Note on the mental hospitals in Burma - 1925-1940
Year: 1925
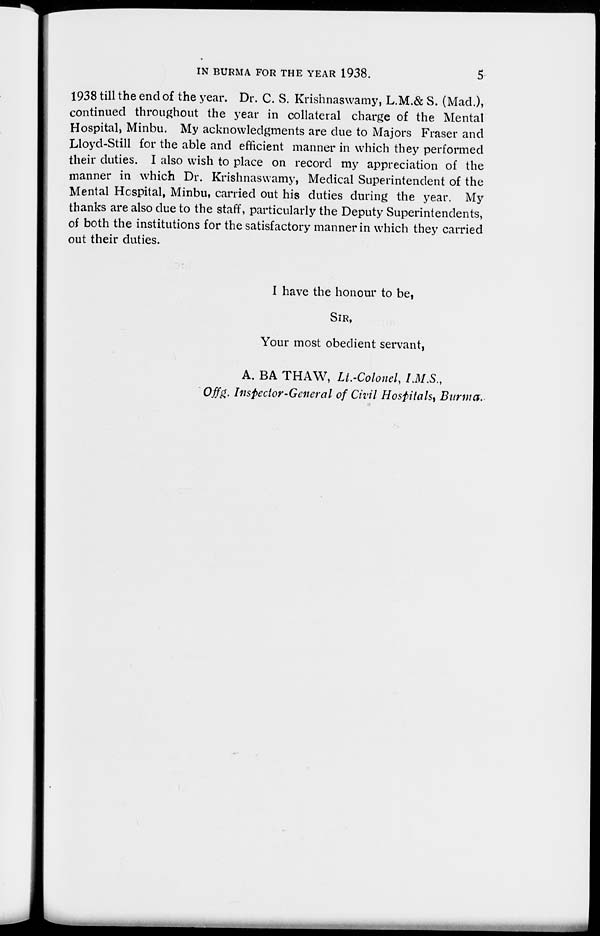
IN BURMA FOR THE YEAR 1938.
5
1938 till the end of the year. Dr. C. S. Krishnaswamy, L.M.& S. (Mad.),
continued throughout the year in collateral charge of the Mental
Hospital, Minbu. My acknowledgments are due to Majors Fraser and
Lloyd-Still for the able and efficient manner in which they performed
their duties. I also wish to place on record my appreciation of the
manner in which Dr. Krishnaswamy, Medical Superintendent of the
Mental Hospital, Minbu, carried out his duties during the year. My
thanks are also due to the staff, particularly the Deputy Superintendents,
of both the institutions for the satisfactory manner in which they carried
out their duties.
I have the honour to be,
SIR,
Your most obedient servant,
A. BA THAW, Lt.-Colonel, I.M.S.,
Offg. Inspector-General of Civil Hospitals, Burma.